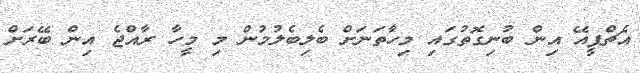
އެޗްޕީއޭ އިން ބުނިގޮތުގައި މިހާތަނަށް ބެލިބެލުމުން މި މީހާ ރާއްޖެ އިން ބޭރަށް